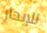
للإبحار